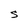
Character: S